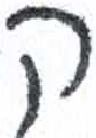
אות: ק